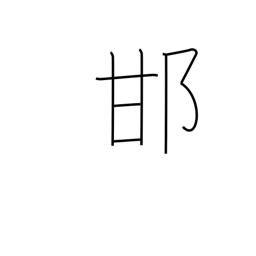
Meaning: tree cricket